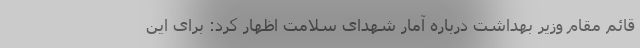
قائم مقام وزیر بهداشت درباره آمار شهدای سلامت اظهار کرد: برای این